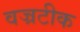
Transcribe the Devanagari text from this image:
वज्रटीक